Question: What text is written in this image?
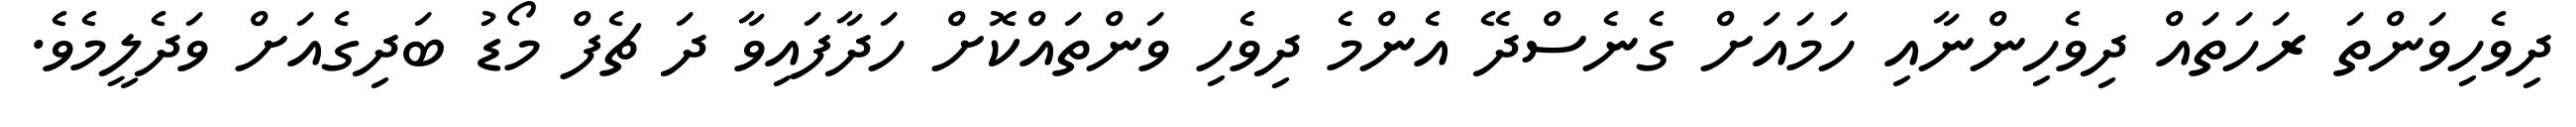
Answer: ދިވެހިވަންތަ ރަހަތައް ދިވެހިންނާއި ހަމައަށް ގެނެސްދޭ އެންމެ ދިވެހި ވަންތައްކޮށް ހަދާފައިވާ ދަ ޗެފް މޯޑު ބަދިގެއަށް ވަދެލީމެވެ.